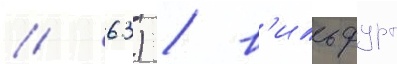
/ 63) / в'ильфурт